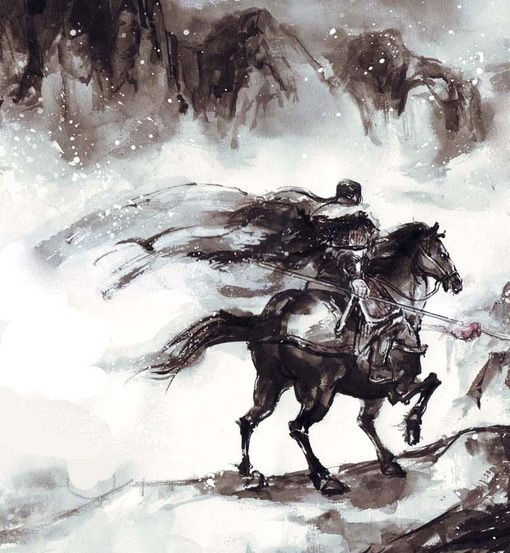
落日胡尘未断，西风塞马空肥。